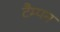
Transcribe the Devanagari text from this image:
टैम्पन